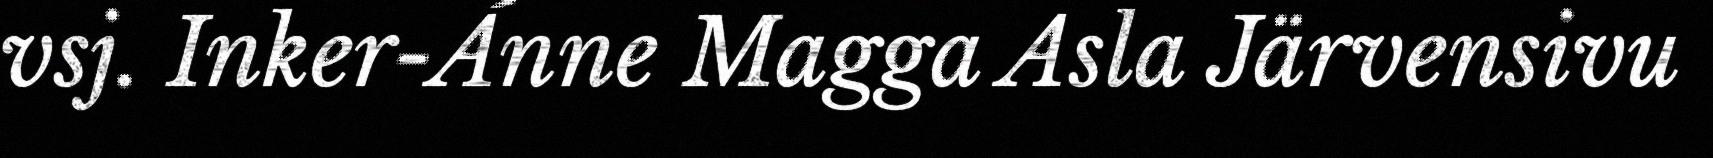
vsj. Inker-Ánne Magga Asla Järvensivu